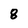
Character: 8